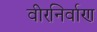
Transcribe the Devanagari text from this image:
वीरनिर्वाण